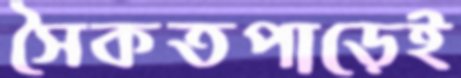
সৈকতপাড়েই